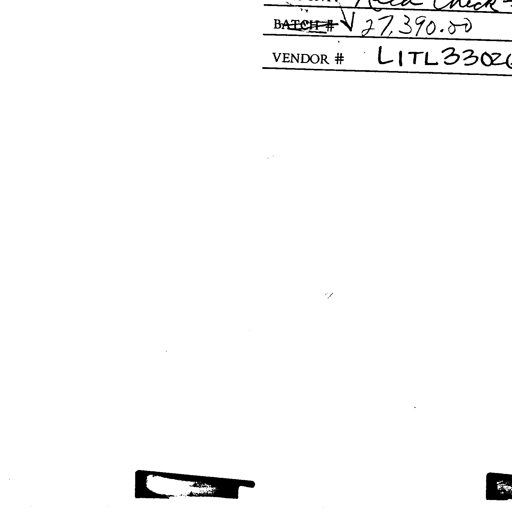
BATCH # V 27,390.00
VENDOR # LITL33026